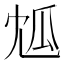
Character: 𤫯